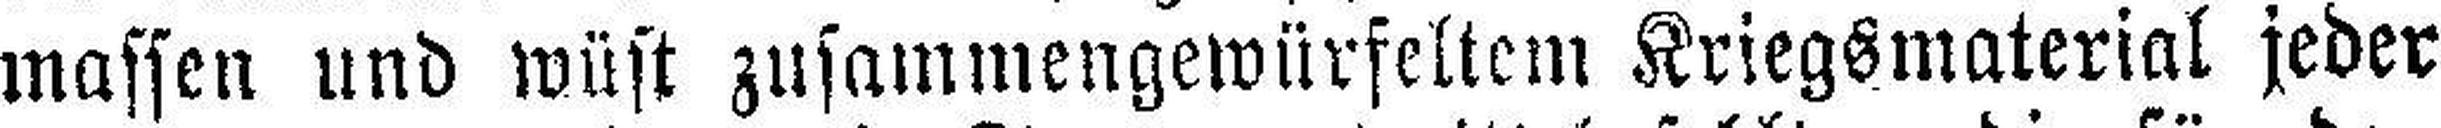
massen und wüst zusammengewürfeltem Kriegsmaterial jeder